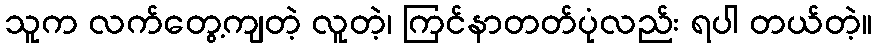
သူက လက်တွေ့ကျတဲ့ လူတဲ့၊ ကြင်နာတတ်ပုံလည်း ရပါ တယ်တဲ့။